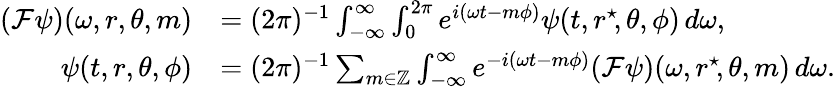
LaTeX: \begin{array}{rl}{(\mathcal{F}\psi)(\omega,r,\theta,m)}&{=(2\pi)^{-1}\int_{-\infty}^{\infty}\int_{0}^{2\pi}e^{i(\omega t-m\phi)}\psi(t,r^{\star}\! ,\theta,\phi)\, d\omega,}\\ {\psi(t,r,\theta,\phi)}&{=(2\pi)^{-1}\sum_{m\in\mathbb{Z}}\int_{-\infty}^{\infty}e^{-i(\omega t-m\phi)}(\mathcal{F}\psi)(\omega,r^{\star}\! ,\theta,m)\, d\omega.}\end{array}